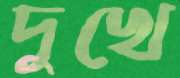
দুখে